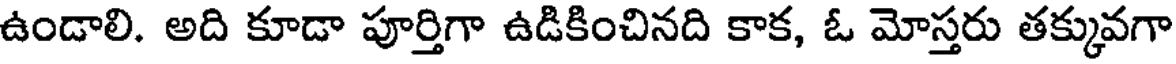
ఉండాలి. అది కూడా పూర్తిగా ఉడికించినది కాక, ఓ మోస్తరు తక్కువగా